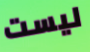
ليست